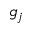
g _ { j }